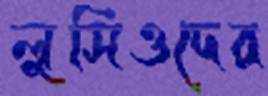
লুসিওদের